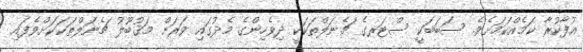
އުފާކުރާ ކަމެއްކަމަށެވެ. ސަބަބަކީ ސްޓަރގެ ޗެނަލްތަކަކީ ދިވެހިންގެ މެދުގައި ވަރަށް މަޤުބޫލު ޗެނަލްތަކަކަށްވެފައި